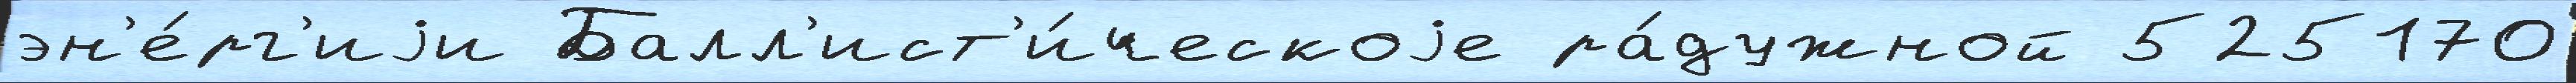
эн'е́рг'иjи Балл'ист'и́ческоjе ра́дужной 525170